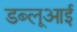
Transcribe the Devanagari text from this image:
डब्लूआई